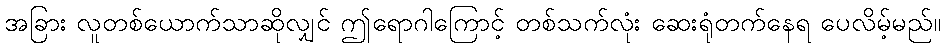
အခြား လူတစ်ယောက်သာဆိုလျှင် ဤရောဂါကြောင့် တစ်သက်လုံး ဆေးရုံတက်နေရ ပေလိမ့်မည်။